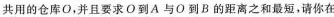
共用的仓库0，并且要求 O 到 A 与 O 到 B 的距离之和最短，请你在